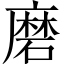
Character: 磨